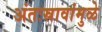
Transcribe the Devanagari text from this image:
अंतःस्रावांमुळे